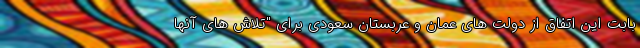
بابت این اتفاق از دولت های عمان و عربستان سعودی برای "تلاش های آنها